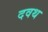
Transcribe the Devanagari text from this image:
दवथ